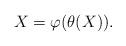
LaTeX: \begin{align*}X=\varphi(\theta(X)).\end{align*}